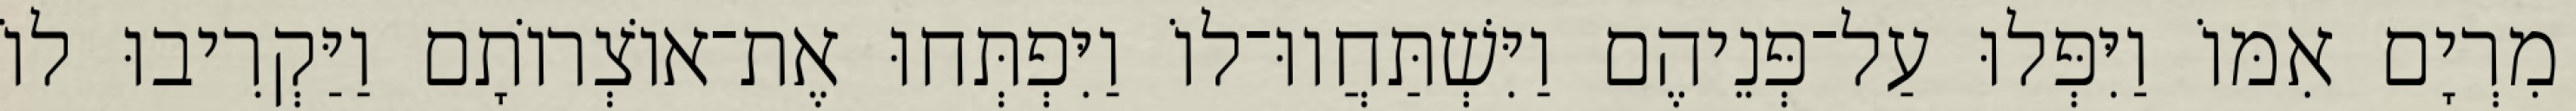
מִרְיָם אִמּוֹ וַיִּפְּלוּ עַל־פְּנֵיהֶם וַיִּשְׁתַּחֲווּ־לוֹ וַיִּפְתְּחוּ אֶת־אוֹצְרוֹתָם וַיַּקְרִיבוּ לוֹ